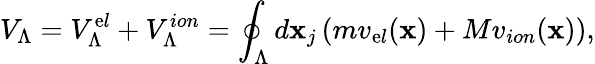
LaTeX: V_{\Lambda}=V_{\Lambda}^{\mathrm{e}l}+V_{\Lambda}^{ion}=\oint_{\Lambda}d\mathbf{x}_{j}\left(mv_{\mathrm{e}l}(\mathbf{x})+Mv_{ion}(\mathbf{x})\right),